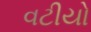
વટીયો